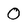
Character: O